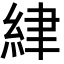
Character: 䋖